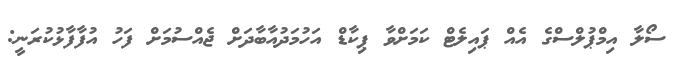
ސޯލާ އިމްޕުލްސްގެ އެއް ޕައިލެޓް ކަމަށްވާ ޕިކާޑް އަހުމަދުއާބާދަށް ޖެއްސުމަށް ފަހު އުފާފާޅުކުރަނީ: